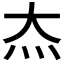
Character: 𬉵